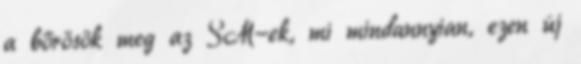
a bőrösök meg az SM-ek, mi mindannyian, ezen új